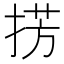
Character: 𢮷